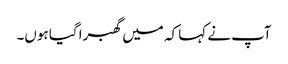
آپ نے کہا کہ میں گھبرا گیا ہوں۔